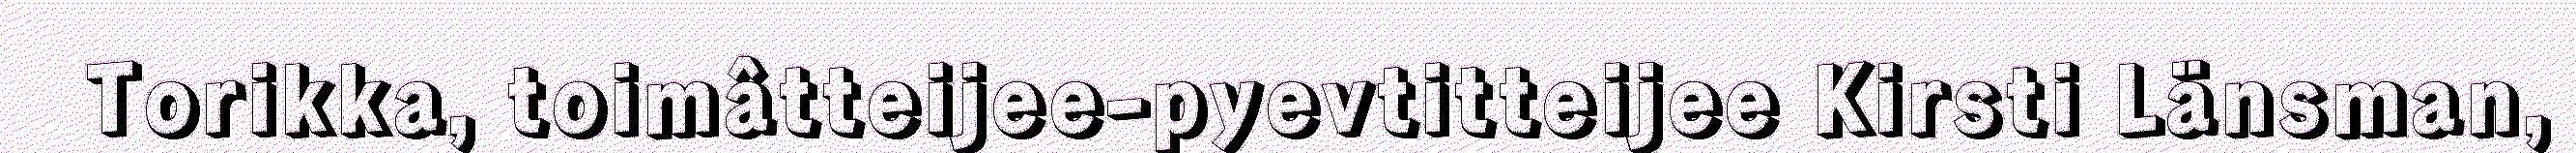
Torikka, toimâtteijee-pyevtitteijee Kirsti Länsman,